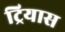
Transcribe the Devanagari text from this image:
ट्रियास